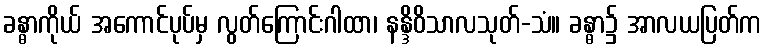
ခန္ဓာကိုယ် အကောင်ပုပ်မှ လွတ်ကြောင်းဂါထာ၊ နန္ဒိဝိသာလသုတ်-သံ။ ခန္ဓာ၌ အာလယပြတ်က